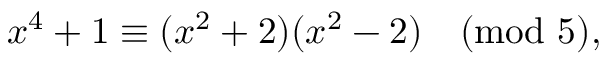
x ^ { 4 } + 1 \equiv ( x ^ { 2 } + 2 ) ( x ^ { 2 } - 2 ) { \pmod { 5 } } , \qquad